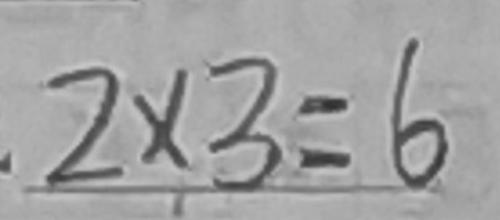
2 \times 3 = 6